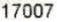
17007